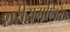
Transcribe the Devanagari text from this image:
शरीरागणिक